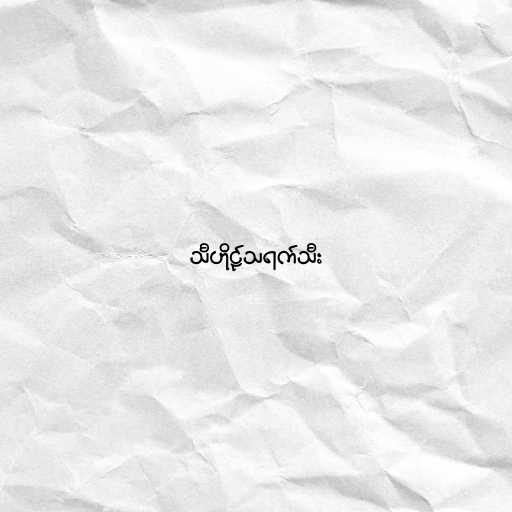
သီဟိုဠ်သရက်သီး